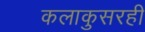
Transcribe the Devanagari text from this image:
कलाकुसरही